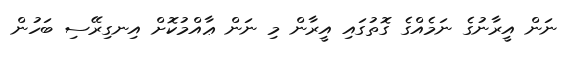
ނަން އީރާނުގެ ނަމެއްގެ ގޮތުގައި އީރާން މި ނަން ޢާއްމުކޮށް އިނގިރޭސި ބަހުން